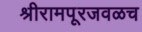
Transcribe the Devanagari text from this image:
श्रीरामपूरजवळच